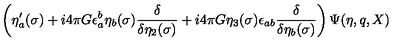
\left( \eta _ { a } ^ { \prime } ( \sigma ) + i 4 \pi G \epsilon _ { a } ^ { b } \eta _ { b } ( \sigma ) { \frac { \delta } { \delta \eta _ { 2 } ( \sigma ) } } + i 4 \pi G \eta _ { 3 } ( \sigma ) \epsilon _ { a b } { \frac { \delta } { \delta \eta _ { b } ( \sigma ) } } \right) \Psi ( \eta , q , X ) \hspace * { \fill }